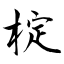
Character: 椗